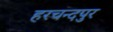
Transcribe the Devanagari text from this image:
हरचन्दपुर